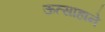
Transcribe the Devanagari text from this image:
ऊत्साहाने